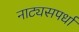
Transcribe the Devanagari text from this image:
नाट्यसपर्धा